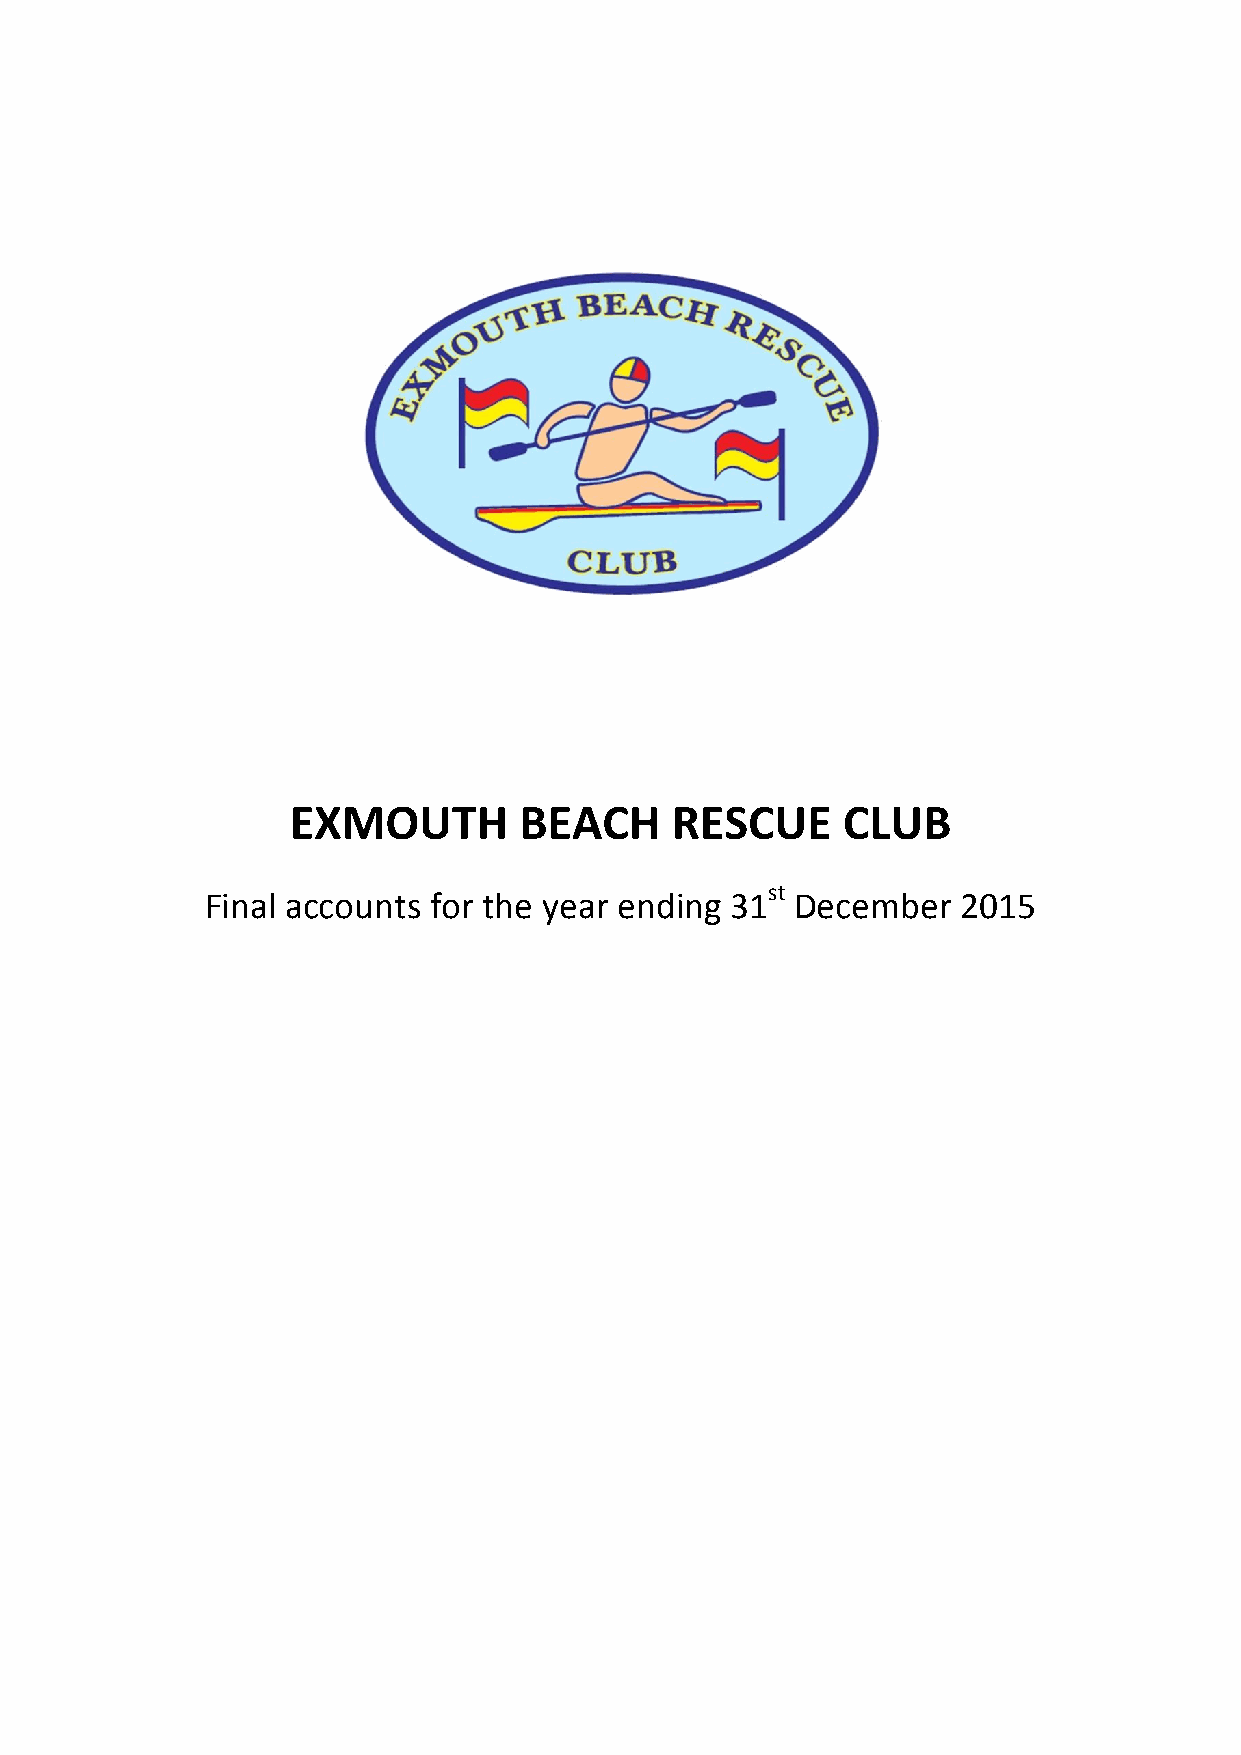
EXMOUTH        BEACH     RESCUE      CLUB
 st
 Final accounts for the year ending 31  December   2015